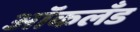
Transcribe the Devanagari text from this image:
आॅकलँड